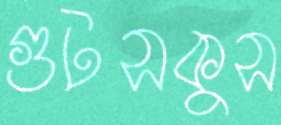
গুটসকুস